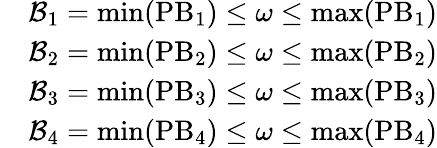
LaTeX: \begin{array}{rl}&{\mathcal{B}_{1}=\operatorname*{min}({\mathrm{PB}_{1}})\leq\omega\leq\operatorname*{max}({\mathrm{PB}_{1}})}\\ &{\mathcal{B}_{2}=\operatorname*{min}({\mathrm{PB}_{2}})\leq\omega\leq\operatorname*{max}({\mathrm{PB}_{2}})}\\ &{\mathcal{B}_{3}=\operatorname*{min}({\mathrm{PB}_{3}})\leq\omega\leq\operatorname*{max}({\mathrm{PB}_{3}})}\\ &{\mathcal{B}_{4}=\operatorname*{min}({\mathrm{PB}_{4}})\leq\omega\leq\operatorname*{max}({\mathrm{PB}_{4}})}\end{array}